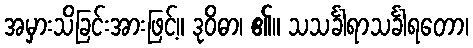
အမှားသိခြင်းအားဖြင့်။ ဒုဝိဓာ၊ ၏။ သသင်္ခါရာသင်္ခါရတော၊